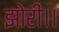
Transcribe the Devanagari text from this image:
झोरी।।